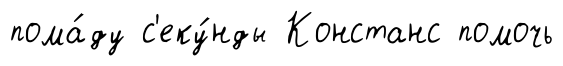
пома́ду с'еку́нды Констанс помочь